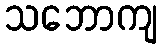
သဘောကျ